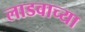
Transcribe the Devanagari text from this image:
लाडवाच्या